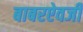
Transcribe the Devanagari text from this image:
बाबरऐवजी